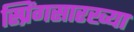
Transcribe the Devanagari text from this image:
स्प्रिंगसारख्या